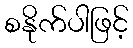
စနိုက်ပါဖြင့်